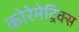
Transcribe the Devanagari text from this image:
कोरेमेट्रिक्स